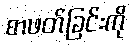
စာဖတ်ခြင်းကို